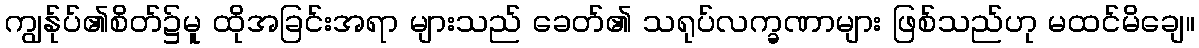
ကျွန်ုပ်၏စိတ်၌မူ ထိုအခြင်းအရာ များသည် ခေတ်၏ သရုပ်လက္ခဏာများ ဖြစ်သည်ဟု မထင်မိချေ။